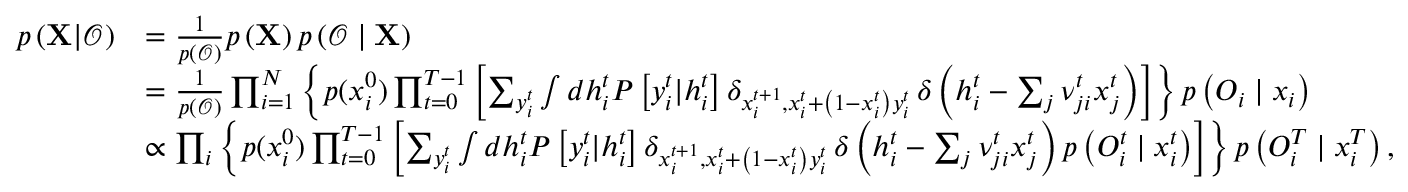
\begin{array} { r l } { p \left( { \bf X } | \boldsymbol { \mathcal { O } } \right) } & { = \frac { 1 } { p \left( \boldsymbol { \mathcal { O } } \right) } p \left( { \bf X } \right) p \left( \boldsymbol { \mathcal { O } } \mid \bf X \right) } \\ & { = \frac { 1 } { p \left( \boldsymbol { \mathcal { O } } \right) } \prod _ { i = 1 } ^ { N } \left\{ p ( x _ { i } ^ { 0 } ) \prod _ { t = 0 } ^ { T - 1 } \left[ \sum _ { y _ { i } ^ { t } } \int d h _ { i } ^ { t } P \left[ y _ { i } ^ { t } | h _ { i } ^ { t } \right] \delta _ { x _ { i } ^ { t + 1 } , x _ { i } ^ { t } + \left( 1 - x _ { i } ^ { t } \right) y _ { i } ^ { t } } \, \delta \left( h _ { i } ^ { t } - \sum _ { j } \nu _ { j i } ^ { t } x _ { j } ^ { t } \right) \right] \right\} p \left( \boldsymbol { O } _ { i } \mid \boldsymbol { x } _ { i } \right) } \\ & { \propto \prod _ { i } \left\{ p ( x _ { i } ^ { 0 } ) \prod _ { t = 0 } ^ { T - 1 } \left[ \sum _ { y _ { i } ^ { t } } \int d h _ { i } ^ { t } P \left[ y _ { i } ^ { t } | h _ { i } ^ { t } \right] \delta _ { x _ { i } ^ { t + 1 } , x _ { i } ^ { t } + \left( 1 - x _ { i } ^ { t } \right) y _ { i } ^ { t } } \, \delta \left( h _ { i } ^ { t } - \sum _ { j } \nu _ { j i } ^ { t } x _ { j } ^ { t } \right) p \left( { O } _ { i } ^ { t } \mid x _ { i } ^ { t } \right) \right] \right\} p \left( { O } _ { i } ^ { T } \mid x _ { i } ^ { T } \right) , } \end{array}